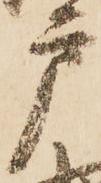
戸